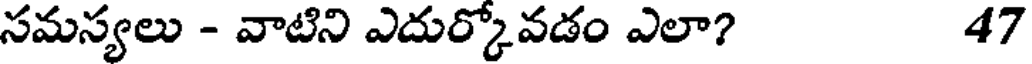
సమస్యలు - వాటిని ఎదుర్కోవడం ఎలా? 47